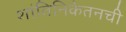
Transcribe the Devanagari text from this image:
शांतिनिकेतनची